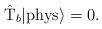
LaTeX: \begin{align*}\hat{\rm T}_b |{\rm phys} \rangle = 0.\end{align*}